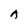
Character: A